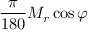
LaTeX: { \frac { \pi } { 1 8 0 } } M _ { r } \cos \varphi